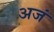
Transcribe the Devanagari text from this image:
अजं